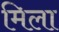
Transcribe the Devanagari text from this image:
मिला